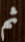
ثم